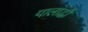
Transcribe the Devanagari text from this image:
गालार्द्धों